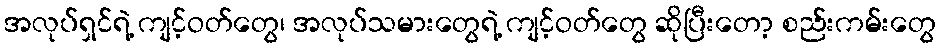
အလုပ်ရှင်ရဲ့ ကျင့်ဝတ်တွေ၊ အလုပ်သမားတွေရဲ့ ကျင့်ဝတ်တွေ ဆိုပြီးတော့ စည်းကမ်းတွေ